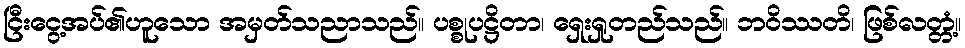
ငြီးငွေ့အပ်၏ဟူသော အမှတ်သညာသည်။ ပစ္စုပဋ္ဌိတာ၊ ရှေးရှုတည်သည်။ ဘဝိဿတိ၊ ဖြစ်လတ္တံ့။